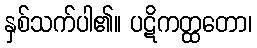
နှစ်သက်ပါ၏။ ပဋိကတ္ထတော၊